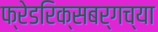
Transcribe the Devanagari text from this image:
फ्रेडरिक्सबर्गच्या